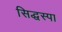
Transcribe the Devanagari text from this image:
सिद्धस्पा